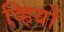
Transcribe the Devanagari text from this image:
व्हियों